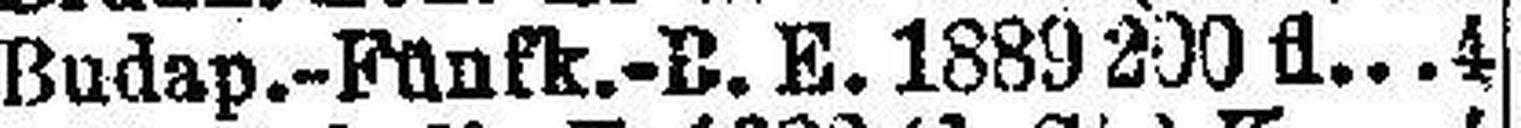
Budap.-Fünfk.-B. E. 1889 200 fl 4